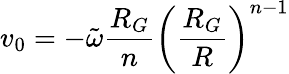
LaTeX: v_{0}=-\tilde{\omega}\frac{R_{G}}{n}\left(\frac{R_{G}}{R}\right)^{n-1}